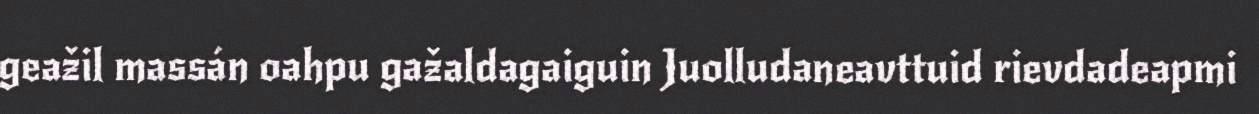
geažil massán oahpu gažaldagaiguin Juolludaneavttuid rievdadeapmi